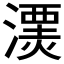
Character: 𱨫